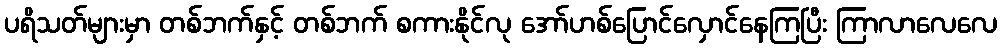
ပရိသတ်များမှာ တစ်ဘက်နှင့် တစ်ဘက် စကားနိုင်လု အော်ဟစ်ပြောင်လှောင်နေကြပြီး ကြာလာလေလေ